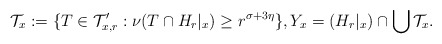
\begin{align*}\mathcal{T}_x := \{ T\in\mathcal{T}'_{x,r}: \nu(T\cap H_{r}|_{x}) \geq r^{\sigma+3\eta}\},Y_x = (H_{r}|_{x}) \cap \bigcup \mathcal{T}_x.\end{align*}